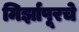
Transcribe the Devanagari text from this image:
मिर्झापूरचे